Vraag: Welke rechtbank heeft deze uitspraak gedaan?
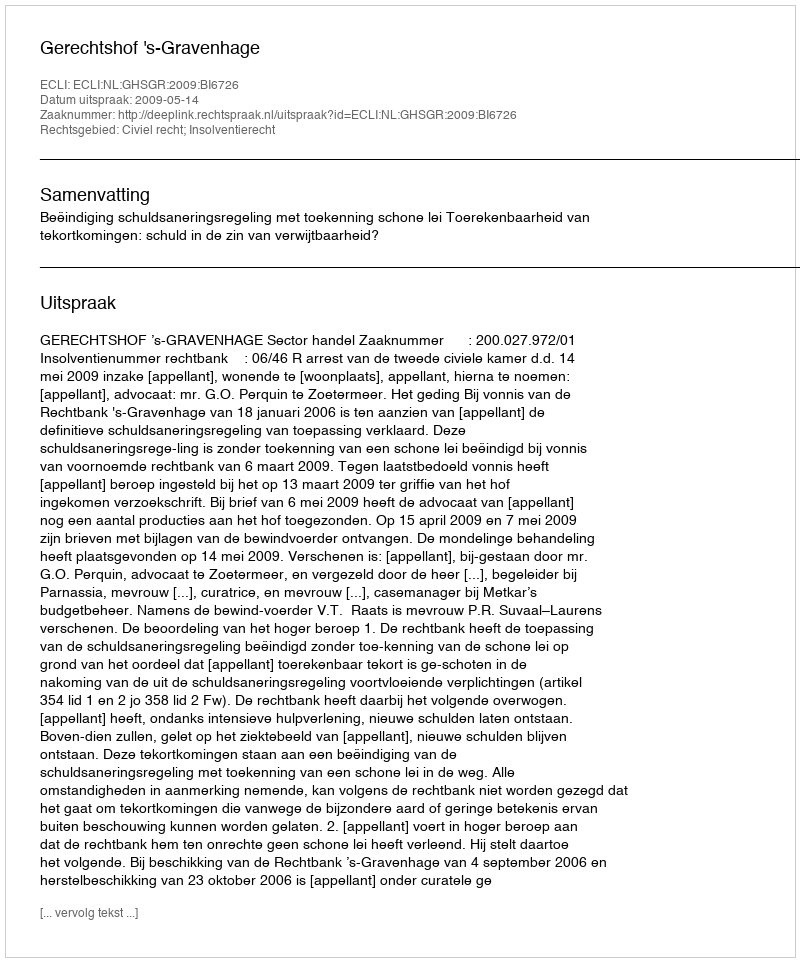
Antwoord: Gerechtshof 's-Gravenhage